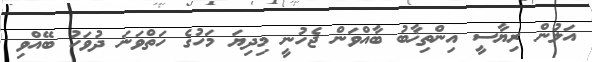
އަލުން ރިޔާސީ އިންތިޚާބު ބާއްވަން ޖެހުނީ މިދިޔަ މަހުގެ ހަތްވަނަ ދުވަހު ބޭއްވި